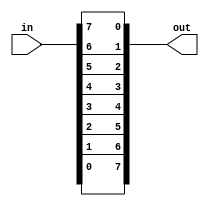
/*
 * Reverse Word Bits Module
 *
 * Copyright (c) 2021-2022 Alexei A. Smekalkine <ikle@ikle.ru>
 *
 * SPDX-License-Identifier: BSD-2-Clause
 */

`ifndef LOGIC_REVERSE_V
`define LOGIC_REVERSE_V  1

module reverse #(
	parameter W = 8
)(
	input [W-1:0] in, output [W-1:0] out
);
	genvar i;

	generate
		for (i = 0; i < W; i = i + 1) begin : loop
			assign out[i] = in[W-1 - i];
		end
	endgenerate
endmodule

`endif  /* LOGIC_REVERSE_V */